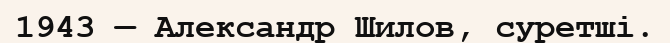
1943 — Александр Шилов, суретші.